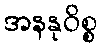
အနနုဝိစ္စ